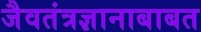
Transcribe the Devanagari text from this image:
जैवतंत्रज्ञानाबाबत